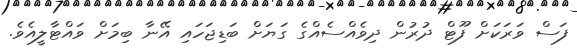
ފަސް ވަރަކަށް ފޫޓް ދުރުން ދިވެއްސެއްގެ ގަޔަށް ބަޑިޖަހައި އޭނާ ބިމަށް ވައްޓާލީއެވެ.